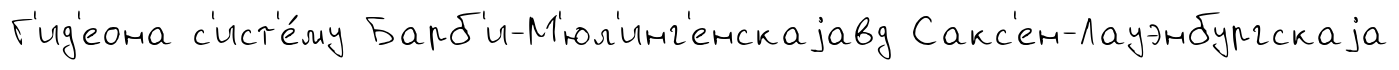
Г'ид'еона с'ист'е́му Барб'и-М'юл'инг'енскаjавд Сакс'ен-Лауэнбургскаjа